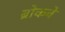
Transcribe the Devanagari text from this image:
ब्रोकवे